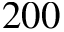
2 0 0